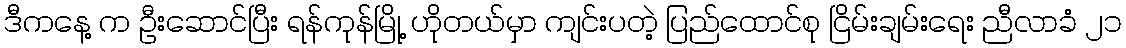
ဒီကနေ့ က ဦးဆောင်ပြီး ရန်ကုန်မြို့ ဟိုတယ်မှာ ကျင်းပတဲ့ ပြည်ထောင်စု ငြိမ်းချမ်းရေး ညီလာခံ ၂၁